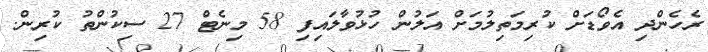
ރެހެންދި އެވޯޑަށް ކުރިމަތިލުމަށް އަލުން ހުޅުވާލައިފި 58 މިނެޓް 27 ސިކުންތު ކުރިން.